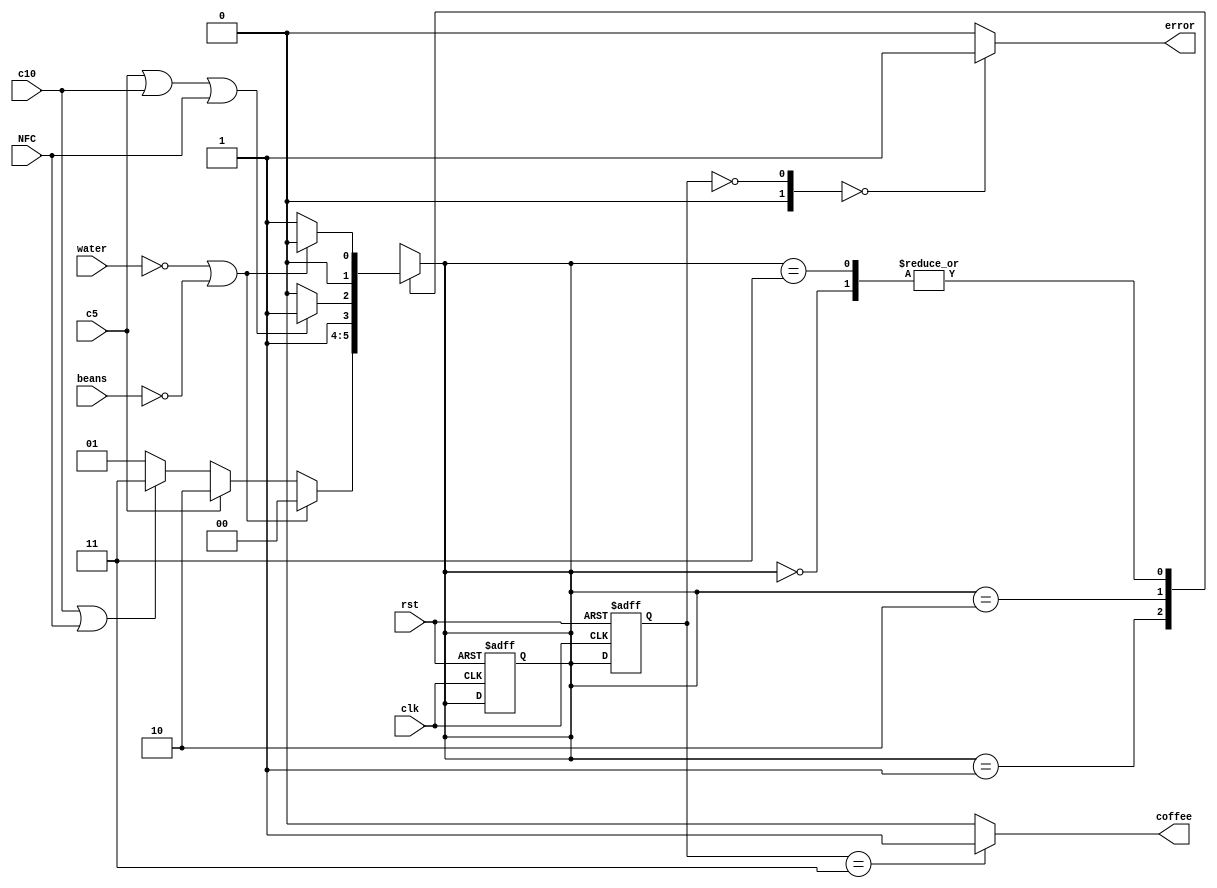
module VendingMachine(
  input clk,rst,c5,c10,NFC,beans,
  input [4:0] water,
  output coffee,error
);

wire coffee;
//reg message;
reg [1:0]state;
reg [1:0]nextstate;
//Morre
localparam [1:0]  S0 = 2'b00, //no water | no beans   
                  S1 = 2'b01, //water ok & beans ok
                  S2 = 2'b10, //credit5
                  S3 = 2'b11; //takecoffee


always @(posedge clk or negedge rst) begin
    if(!rst) begin
         state <= S1; 
         nextstate <=S1;
       //  message <= 0;
    end
    else state <=nextstate;
end

always @(state or c5 or c10 or water or beans) begin

    case(nextstate) 
      S0: nextstate = (!water | !beans)? S0 : S1;
      S1: nextstate = (!water | !beans)? S0:
                                   (c5)? S2:
                              (c10|NFC)? S3:  S1;
      S2: nextstate = (c5 | c10 | NFC )? S3:S2;
      S3: nextstate = (!water | !beans)? S0 :S1;
      default: 
          begin
           nextstate = S1;
          // message = 1;
          end
    endcase
end

assign coffee = (state==2'b11)?1:0;
assign error = (!state==S0)?1:0;
endmodule